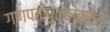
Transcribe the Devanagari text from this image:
गणपतीपुळेजवळचे